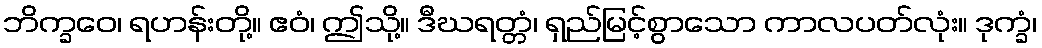
ဘိက္ခဝေ၊ ရဟန်းတို့။ ဧဝံ၊ ဤသို့။ ဒီဃရတ္တံ၊ ရှည်မြင့်စွာသော ကာလပတ်လုံး။ ဒုက္ခံ၊